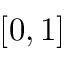
[ 0 , 1 ]